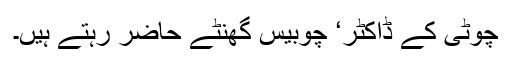
چوٹی کے ڈاکٹر‘ چوبیس گھنٹے حاضر رہتے ہیں۔